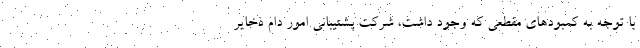
با توجه به کمبودهای مقطعی که وجود داشت، شرکت پشتیبانی امور دام ذخایر